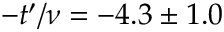
- t ^ { \prime } / \nu = - 4 . 3 \pm 1 . 0